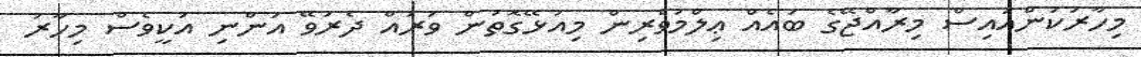
މިހާރަކަންއައިސް މިރާއްޖޭގެ ބައެއް ޢިލްމުވެރިން މިއުޅޭގޮތުން ވަރައް ދެރަވޭ އަންނި އަކީވެސް މިހާރު